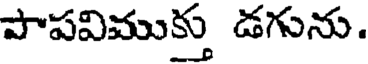
పాపవిముక్తు డగును.